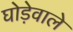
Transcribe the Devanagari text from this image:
घोड़ेवाले